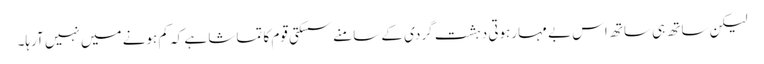
لیکن ساتھ ہی ساتھ اس بے مہارہوتی دہشت گردی کے سامنے سسکتی قوم کا تماشا ہے کہ کم ہونے میں نہیں آرہا۔